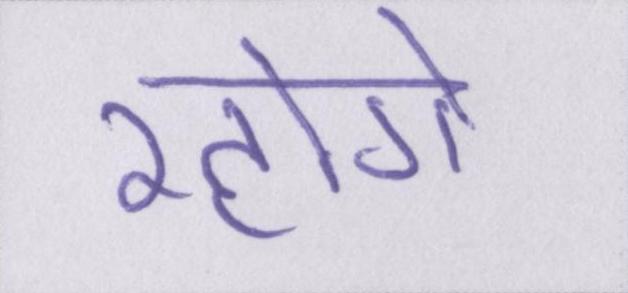
रहोगे